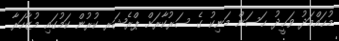
މުޙައްމަދު ވަޙީދު ޙަސަން މަނިކު ގެ ސަރުކާރަށް ޕްރެޝަރ ކުރުން ކަމުގައި މުޒާހަރާ